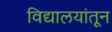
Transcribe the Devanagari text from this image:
विद्यालयांतून